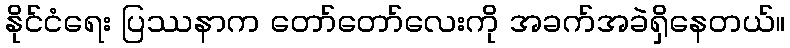
နိုင်ငံရေး ပြဿနာက တော်တော်လေးကို အခက်အခဲရှိနေတယ်။